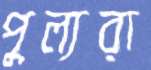
পুল্যরা